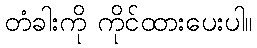
တံခါးကို ကိုင်ထားပေးပါ။